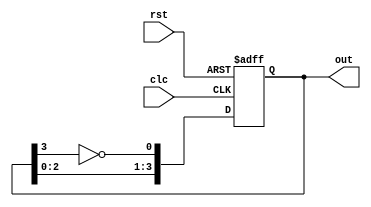
module twisted_ringcounter(out,clc,rst);
output reg [3:0]out;
input clc,rst;
always@(posedge clc or posedge rst)
begin
if (rst)
out=4'b0000;
else
begin
        out[3]<=out[2];
  		out[2]<=out[1];
  		out[1]<=out[0];
   		out[0]<=(~out[3]);
   		end
   end		
endmodule